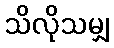
သိလိုသမျှ